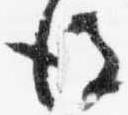
後